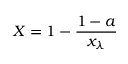
X = 1 - \frac { 1 - a } { x _ { \lambda } }